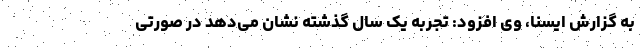
به گزارش ایسنا، وی افزود: تجربه یک سال گذشته نشان می‌دهد در صورتی